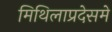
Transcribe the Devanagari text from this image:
मिथिलाप्रदेसमे